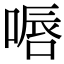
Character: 𠸸